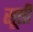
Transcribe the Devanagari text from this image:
सूत्ती